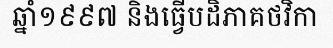
ឆ្នាំ១៩៩៧ និងធ្វើបដិភាគថវិកា